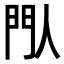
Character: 閄